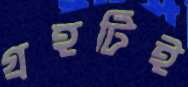
গ্রহটিই